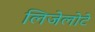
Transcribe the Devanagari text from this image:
लिजेलोटे